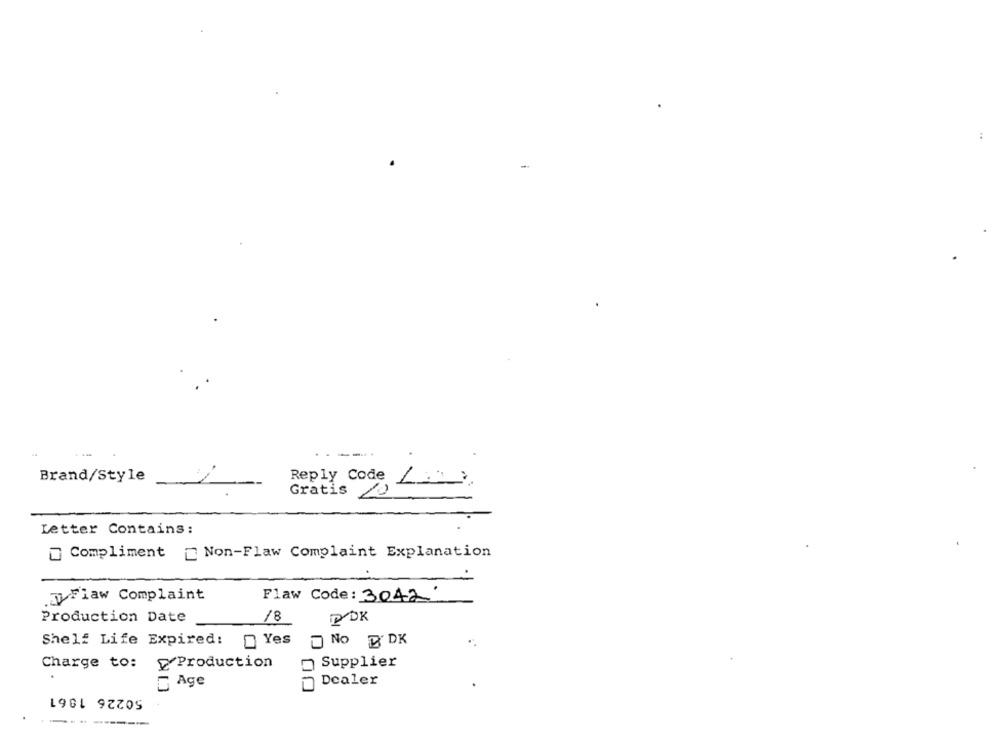
Brand/Style
Reply Code LOL:
Gratis /
Letter Contains :
Compliment _ Non-Flaw Complaint Explanation
Flaw Complaint
Flaw Code: 3042:
Production Date
18
P DK
Shelf Life Expired: Yes
NO D' DK
Charge to:
Production
Supplier
Age
Dealer
50226 1861